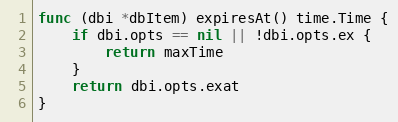
Language: Go
func (dbi *dbItem) expiresAt() time.Time {
	if dbi.opts == nil || !dbi.opts.ex {
		return maxTime
	}
	return dbi.opts.exat
}